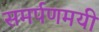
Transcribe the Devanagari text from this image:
समर्पणमयी